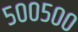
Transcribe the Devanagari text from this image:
५००५००